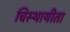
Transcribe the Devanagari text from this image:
चिस्थायीता